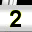
Digit: 2